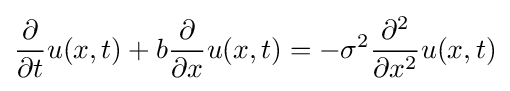
{\frac {\partial }{\partial t}}u(x,t)+b{\frac {\partial }{\partial x}}u(x,t)=-\sigma ^{2}{\frac {\partial ^{2}}{\partial x^{2}}}u(x,t)